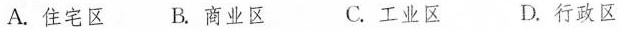
A. 住宅区 B. 商业区 C. 工业区 D. 行政区